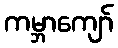
ကမ္ဘာကျော်